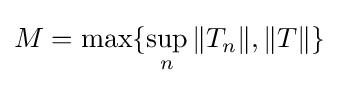
M=\max\{\sup _{n}\|T_{n}\|,\|T\|\}